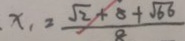
. x _ { 1 } = \frac { \sqrt { 2 } + 8 + \sqrt { 6 6 } } { 8 }